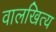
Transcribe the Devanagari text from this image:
वालखित्य